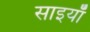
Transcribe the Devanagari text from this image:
साइयाँ